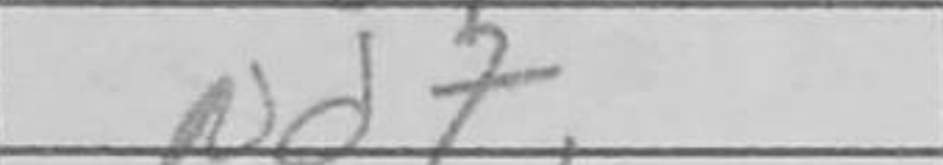
Transcription: Nd7